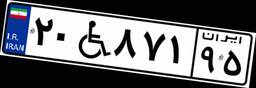
۲۰W۸۷۱۹۵